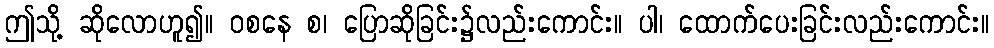
ဤသို့ ဆိုလောဟူ၍။ ဝစနေ စ၊ ပြောဆိုခြင်း၌လည်းကောင်း။ ပါ၊ ထောက်ပေးခြင်းလည်းကောင်း။